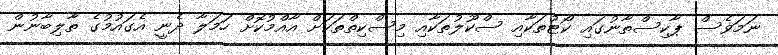
ނަމަވެސް ޕާކިސްތާނުގައި ކޯޓުތަކާއި ސްކޫލުތަކާއި މިސްކިތްތަކަށް އާއްމުކޮށް ހަމަލާ ދެނީ އެގައުމުގެ ތާލިބާނުން